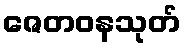
ဇေတဝနသုတ်